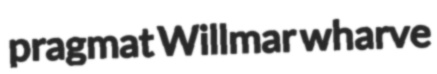
pragmat Willmar wharve